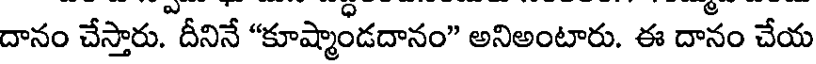
దానం చేస్తారు. దీనినే "కూష్మాండదానం" అనిఅంటారు. ఈ దానం చేయ